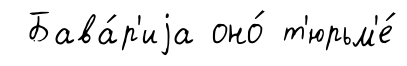
Бава́р'иjа оно́ т'юрьм'е́